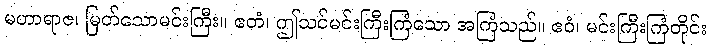
မဟာရာဇ၊ မြတ်သောမင်းကြီး။ ဧတံ၊ ဤသင်မင်းကြီးကြံသော အကြံသည်။ ဧဝံ၊ မင်းကြီးကြံတိုင်း